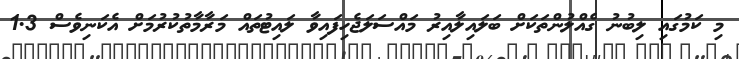
މި ކަމުގައި ލިބުނު ގެއްލުންތަކަށް ބަލައިލާއިރު މައްސަލަޖެހިފައިވާ ލައިޓުތައް މަރާމާތުކުރުމަށް އެކަނިވެސް 1.3